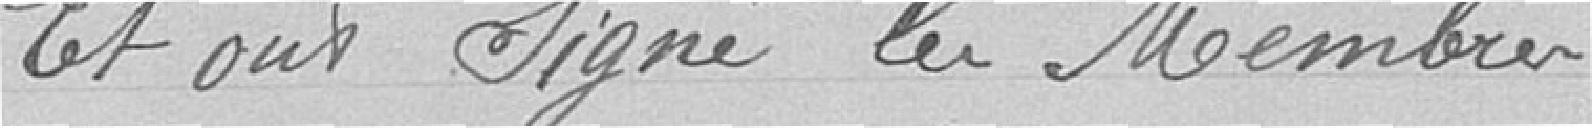
Et ont signé les membres